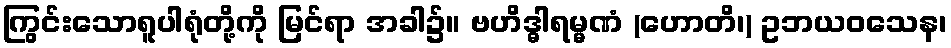
ကြွင်းသောရူပါရုံတို့ကို မြင်ရာ အခါ၌။ ဗဟိဒ္ဓါရမ္မဏံ (ဟောတိ၊) ဥဘယဝသေန၊